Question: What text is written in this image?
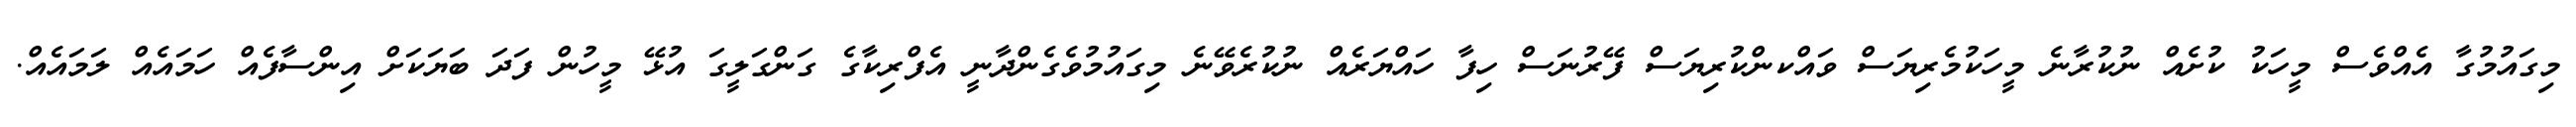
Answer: މިގައުމުގާ އެއްވެސް މީހަކު ކުށެއް ނުކުރާނެ މީހަކުމެރިޔަސް ވައްކންކުރިޔަސް ފޭރުނަސް ހިފާ ހައްޔަރެއް ނުކުރެވޭނެ މިގައުމުވެގެންދާނީ އެފްރިކާގެ ގަންގަލީގަ އުޅޭ މީހުން ފަދަ ބަޔަކަށް އިންސާފެއް ހަމައެއް ލަމައެއް.